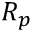
R _ { p }